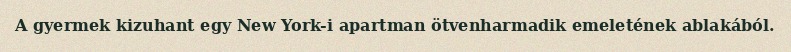
A gyermek kizuhant egy New York-i apartman ötvenharmadik emeletének ablakából.